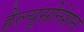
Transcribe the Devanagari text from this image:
हैल्यूसीनेशन